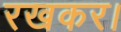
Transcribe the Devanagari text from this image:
रखकर।